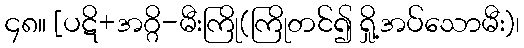
၄၈။ [ပဋိ+အဂ္ဂိ-မီးကြို(ကြိုတင်၍ ရှို့အပ်သောမီး)၊